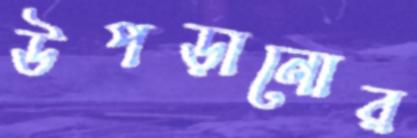
উপড়ানোর